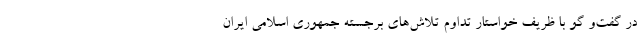
در گفت‌و گو با ظریف خواستار تداوم تلاش‌های برجسته جمهوری اسلامی ایران